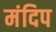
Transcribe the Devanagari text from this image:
मंदिप